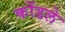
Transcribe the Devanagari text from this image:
कोंडले